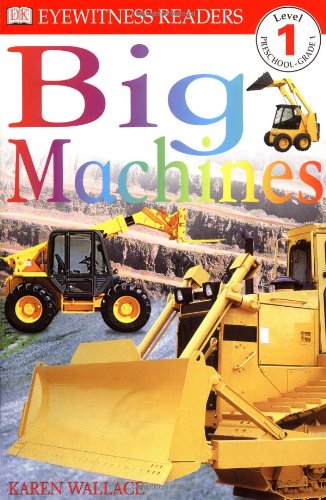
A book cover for DK Readers: Big Machines (Level 1: Beginning to Read); Karen Wallace; Children's Books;